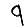
Digit: 9